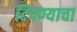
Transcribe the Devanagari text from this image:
टिपण्याचा